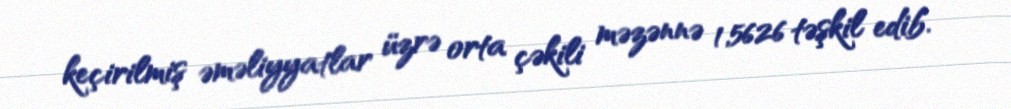
keçirilmiş əməliyyatlar üzrə orta çəkili məzənnə 1,5626 təşkil edib.